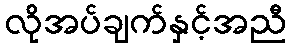
လိုအပ်ချက်နှင့်အညီ